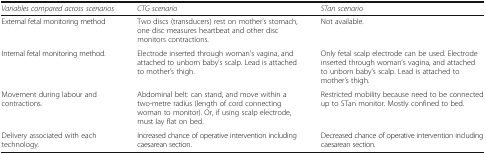
<table><thead><tr><td><b><i>Variables compared across scenarios</i></b></td><td><b><i>CTG scenario</i></b></td><td><b><i>STan scenario</i></b></td></tr></thead><tbody><tr><td>External fetal monitoring method</td><td>Two discs (transducers) rest on mother’s stomach, one disc measures heartbeat and other disc monitors contractions.</td><td>Not available.</td></tr><tr><td>Internal fetal monitoring method.</td><td>Electrode inserted through woman’s vagina, and attached to unborn baby’s scalp. Lead is attached to mother’s thigh.</td><td>Only fetal scalp electrode can be used. Electrode inserted through woman’s vagina, and attached to unborn baby’s scalp. Lead is attached to mother’s thigh.</td></tr><tr><td>Movement during labour and contractions.</td><td>Abdominal belt: can stand, and move within a two-metre radius (length of cord connecting woman to monitor). Or, if using scalp electrode, must lay flat on bed.</td><td>Restricted mobility because need to be connected up to STan monitor. Mostly confined to bed.</td></tr><tr><td>Delivery associated with each technology.</td><td>Increased chance of operative intervention including caesarean section.</td><td>Decreased chance of operative intervention including caesarean section.</td></tr></tbody></table>